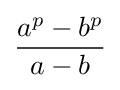
{\frac {a^{p}-b^{p}}{a-b}}